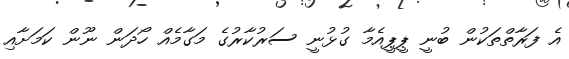
އެ ފަރާތްތަކުން ބުނީ ޕީޕީއެމާ ގުޅުނީ ސަރުކާރުގެ މަގާމެއް ހޯދަން ނޫން ކަމަށާއި